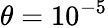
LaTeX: \theta=10^{-5}